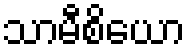
သာမီစိယော